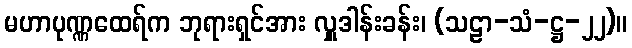
မဟာပုဏ္ဏထေရ်က ဘုရားရှင်အား လှူဒါန်းခန်း၊ (သဠာ-သံ-ဋ္ဌ-၂၂)။